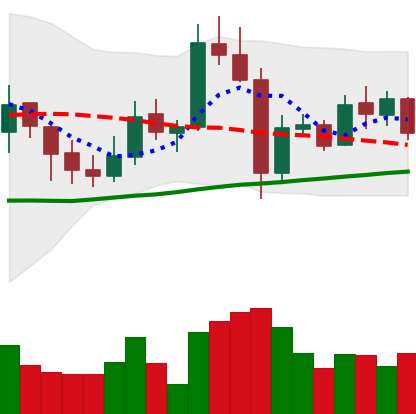
Ticker: XMR-USD
Chart end date: 2021-11-03
Forward return: 3.307%
Label: up_3_5